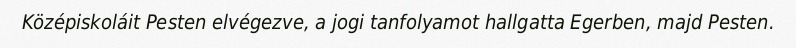
Középiskoláit Pesten elvégezve, a jogi tanfolyamot hallgatta Egerben, majd Pesten.